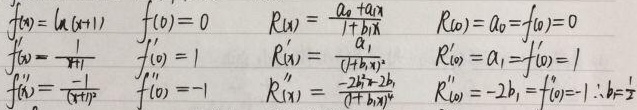
\[
\begin{align*}
f(x)&=\ln(x + 1) & f(0)&=0 & R(x)&=\frac{a_0+a_1x}{1 + b_1x} & R(0)&=a_0=f(0)=0\\
f'(x)&=\frac{1}{x + 1} & f'(0)&=1 & R'(x)&=\frac{a_1}{(1 + b_1x)^2} & R'(0)&=a_1=f'(0)=1\\
f''(x)&=\frac{-1}{(x + 1)^2} & f''(0)&=-1 & R''(x)&=\frac{-2b_1}{(1 + b_1x)^3} & R''(0)&=-2b_1=f''(0)=-1\quad\therefore b_1=\frac{1}{2}
\end{align*}
\]